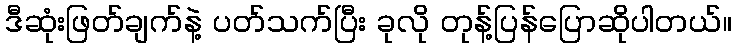
ဒီဆုံးဖြတ်ချက်နဲ့ ပတ်သက်ပြီး ခုလို တုန့်ပြန်ပြောဆိုပါတယ်။